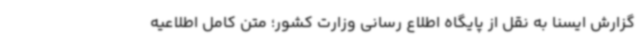
گزارش ایسنا به نقل از پایگاه اطلاع رسانی وزارت کشور؛ متن کامل اطلاعیه